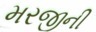
મરજીની